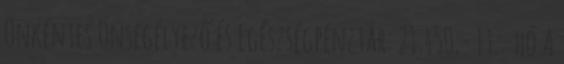
Önkéntes Önsegélyező és Egészségpénztár: 21.450,- Ft. hó A